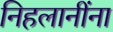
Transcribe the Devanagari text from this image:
निहलानींना